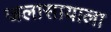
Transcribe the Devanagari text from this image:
जलासायाला